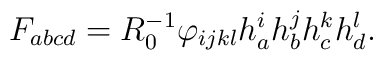
F_{abcd}=R_0^{-1}\varphi _{ijkl}h_a^ih_b^jh_c^kh_d^l.